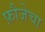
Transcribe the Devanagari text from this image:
फ़ौजेचा